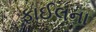
ફાઈલના